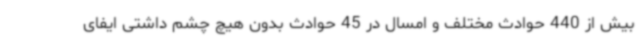
بیش از 440 حوادث مختلف و امسال در 45 حوادث بدون هیچ چشم داشتی ایفای